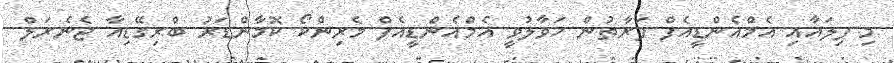
މި ފިލައާއި އެމްއެންޑީއެފް ފަރާތުން ހަވާލުވީ އެމްއެންޑީއެފް މެރިންކޯ ކޮމާންޑަރު ބްރިގޭޑިއާ ޖެނެރަލް